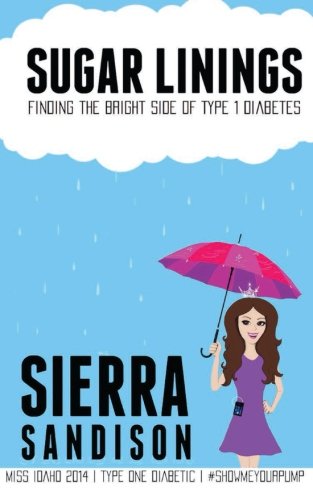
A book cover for Sugar Linings: Finding the Bright Side of Type 1 Diabetes; Sierra Sandison; Health, Fitness & Dieting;